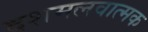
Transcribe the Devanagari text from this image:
दशमलवात्मक